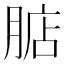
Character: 𣎀